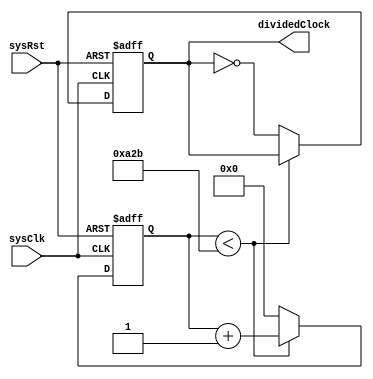
`define TOGGLE_DIVIDER_COEF ((((SYS_CLK_SPEED/BAUD_RATE)-2)/2))


module UartClockGenerator #(
    parameter BAUD_RATE=9600,
    parameter SYS_CLK_SPEED=50000000
)(
    input sysClk,
    input sysRst,
    output reg dividedClock
);
reg [63:0]dividerCounter;
always @(posedge sysClk or posedge sysRst) begin
    if(sysRst) begin
        dividerCounter<=0;
        dividedClock<=0;
    end
    else begin
        if(dividerCounter<`TOGGLE_DIVIDER_COEF)begin
            dividerCounter<=dividerCounter+1;
        end
        else begin
            dividerCounter<=0;
            dividedClock<=~dividedClock;
        end
    end
end



endmodule